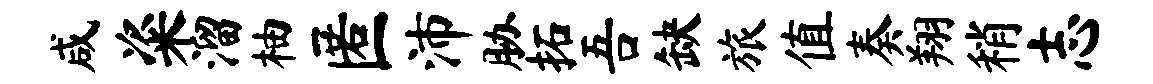
咸粢溜柚匿沛胁拓吾缺旅值奏翔稍志